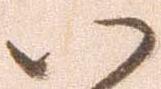
い